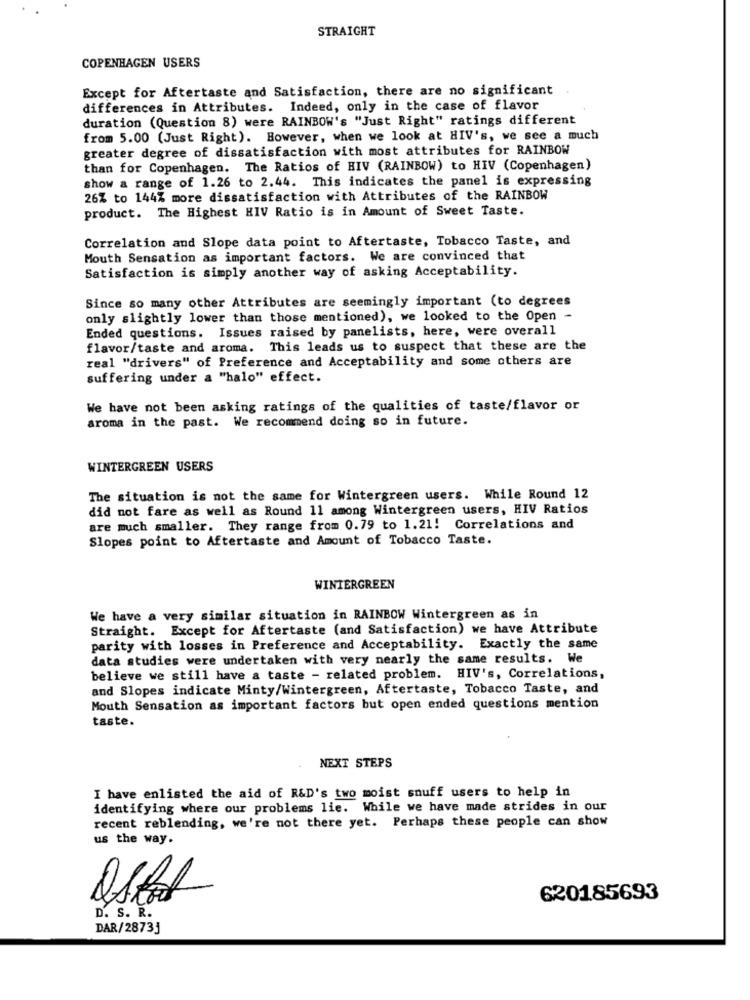
STRAIGHT
COPENHAGEN USERS
Except for Aftertaste and Satisfaction, there are no significant
differences in Attributes. Indeed, only in the case of flavor
duration (Question 8) were RAINBOW's "Just Right" ratings different
from 5.00 (Just Right). However, when we look at HIV's, we see a much
greater degree of dissatisfaction with most attributes for RAINBOW
than for Copenhagen. The Ratios of HIV (RAINBOW) to HIV (Copenhagen)
show a range of 1.26 to 2.44. This indicates the panel is expressing
26% to 144% more dissatisfaction with Attributes of the RAINBOW
product. The Highest HIV Ratio is in Amount of Sweet Taste.
Correlation and Slope data point to Aftertaste, Tobacco Taste, and
Mouth Sensation as important factors. We are convinced that
Satisfaction is simply another way of asking Acceptability.
Since so many other Attributes are seemingly important (to degrees
only slightly lower than those mentioned), we looked to the Open -
Ended questions. Issues raised by panelists, here, were overall
flavor/taste and aroma. This leads us to suspect that these are the
real "drivers" of Preference and Acceptability and some others are
suffering under a "halo" effect.
We have not been asking ratings of the qualities of taste/flavor or
aroma in the past. We recommend doing so in future.
WINTERGREEN USERS
The situation is not the same for Wintergreen users. While Round 12
did not fare as well as Round 11 among Wintergreen users, HIV Ratios
are much smaller. They range from 0.79 to 1.21! Correlations and
Slopes point to Aftertaste and Amount of Tobacco Taste.
WINTERGREEN
We have a very similar situation in RAINBOW Wintergreen as in
Straight. Except for Aftertaste (and Satisfaction) we have Attribute
parity with losses in Preference and Acceptability. Exactly the same
data studies were undertaken with very nearly the same results. We
believe we still have a taste - related problem. HIV's, Correlations,
and Slopes indicate Minty/Wintergreen, Aftertaste, Tobacco Taste, and
Mouth Sensation as important factors but open ended questions mention
taste.
NEXT STEPS
I have enlisted the aid of R&D's two moist snuff users to help in
identifying where our problems lie. While we have made strides in our
recent reblending, we're not there yet. Perhaps these people can show
us the way.
620185693
D. S. R.
DAR/28733